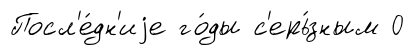
Посл'е́дн'иjе го́ды с'ерь́зным 0